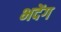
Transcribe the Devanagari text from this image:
भदेंग